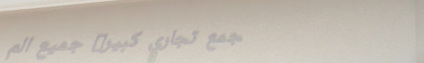
مجمع تجاري كبير: جميع الم